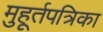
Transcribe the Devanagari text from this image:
मुहूर्तपत्रिका